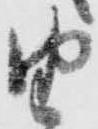
由